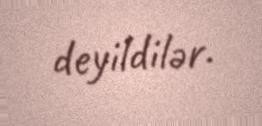
deyildilər.